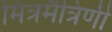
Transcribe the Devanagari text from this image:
मित्रमैत्रिणी